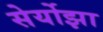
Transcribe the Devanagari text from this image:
सेर्योझा